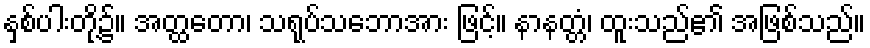
နှစ်ပါးတို့၌။ အတ္ထတော၊ သရုပ်သဘောအား ဖြင့်။ နာနတ္တံ၊ ထူးသည်၏ အဖြစ်သည်။